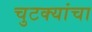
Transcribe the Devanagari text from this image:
चुटक्यांचा